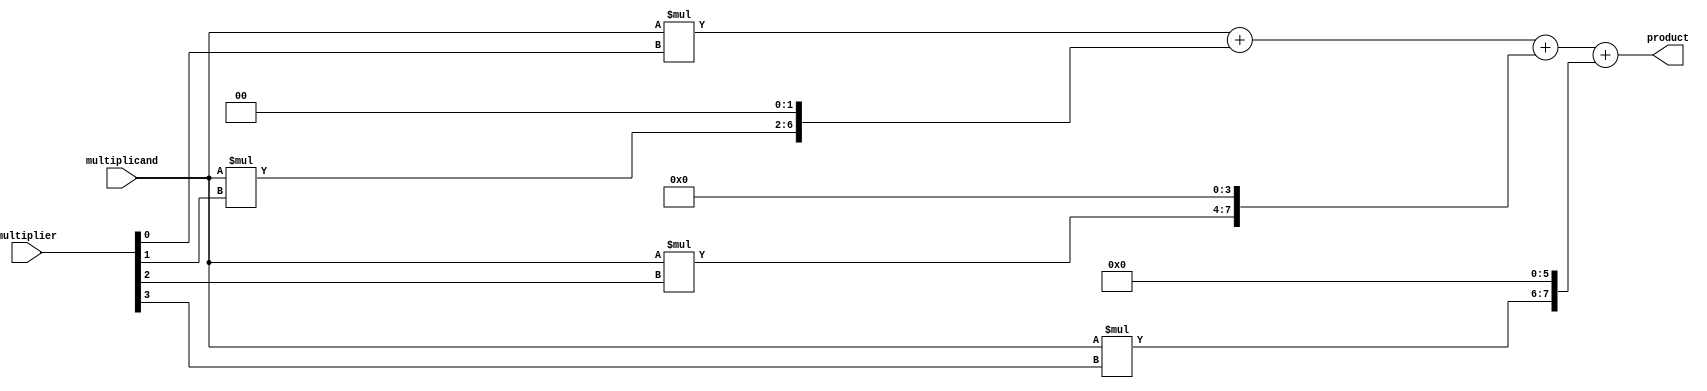
module radix4_multiplier(
    input wire [3:0] multiplicand,
    input wire [3:0] multiplier,
    output reg [7:0] product
);

reg [7:0] partial_product1, partial_product2, partial_product3, partial_product4;

// Generate partial products
assign partial_product1 = multiplicand * multiplier[0];
assign partial_product2 = multiplicand * multiplier[1];
assign partial_product3 = multiplicand * multiplier[2];
assign partial_product4 = multiplicand * multiplier[3];

// Ripple carry adder for final product calculation
always @* begin
    product = partial_product1 + (partial_product2 << 2) + (partial_product3 << 4) + (partial_product4 << 6);
end

endmodule